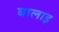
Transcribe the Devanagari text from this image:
बालाइ